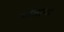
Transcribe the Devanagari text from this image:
चोलांचा